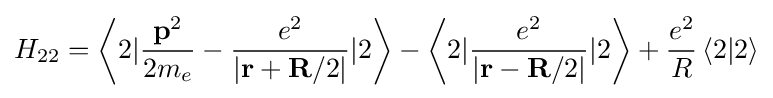
{{H}_{22}}=\left\langle 2|{\frac {{\mathbf {p} }^{2}}{2{{m}_{e}}}}-{\frac {{e}^{2}}{\left|\mathbf {r} +\mathbf {R} /2\right|}}|2\right\rangle -\left\langle 2|{\frac {{e}^{2}}{\left|\mathbf {r} -\mathbf {R} /2\right|}}|2\right\rangle +{\frac {{e}^{2}}{R}}\left\langle 2|2\right\rangle